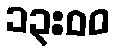
၁၃:၀၀